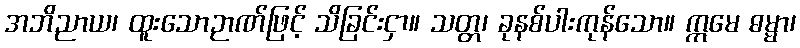
အဘိညာယ၊ ထူးသောဉာဏ်ဖြင့် သိခြင်းငှာ။ သတ္တ၊ ခုနစ်ပါးကုန်သော။ ဣမေ ဓမ္မာ၊